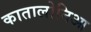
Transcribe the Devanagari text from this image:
कातालोनिआ